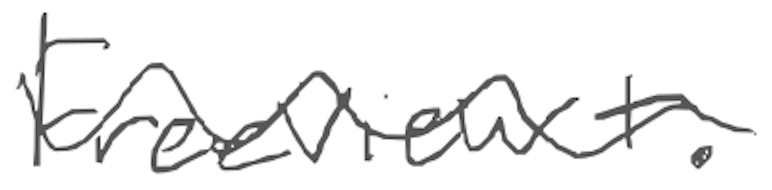
Text: Freeview+.
Cross-out: mix
Writing tool: digital_gray